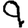
Digit: 9